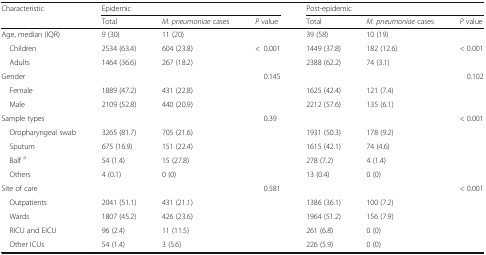
| <ROWSPAN=2> Characteristic | <COLSPAN=3> Epidemic | <COLSPAN=3> Post-epidemic |
 | Total | M. pneumoniae cases | P value | Total | M. pneumoniae cases | P value |
 | --- | --- | --- | --- | --- | --- | --- |
 | Age, median (IQR) | 9 (30) | 11 (20) |  | 39 (58) | 10 (19) |  |
 | Children | 2534 (63.4) | 604 (23.8) | <ROWSPAN=2> <0.001 | 1449 (37.8) | 182 (12.6) | <ROWSPAN=2> < 0.001 |
 | Adults | 1464 (36.6) | 267 (18.2) | 2388 (62.2) | 74 (3.1) |
 | Gender |  |  | 0.145 |  |  | 0.102 |
 | Female | 1889 (47.2) | 431 (22.8) |  | 1625 (42.4) | 121 (7.4) |  |
 | Male | 2109 (52.8) | 440 (20.9) |  | 2212 (57.6) | 135 (6.1) |  |
 | Sample types |  |  | 0.39 |  |  | < 0.001 |
 | Oropharyngeal swab | 3265 (81.7) | 705 (21.6) |  | 1931 (50.3) | 178 (9.2) |  |
 | Sputum | 675 (16.9) | 151 (22.4) |  | 1615 (42.1) | 74 (4.6) |  |
 | Balf a | 54 (1.4) | 15 (27.8) |  | 278 (7.2) | 4 (1.4) |  |
 | Others | 4 (0.1) | 0 (0) |  | 13 (0.4) | 0 (0) |  |
 | Site of care |  |  | 0.581 |  |  | < 0.001 |
 | Outpatients | 2041 (51.1) | 431 (21.1) |  | 1386 (36.1) | 100 (7.2) |  |
 | Wards | 1807 (45.2) | 426 (23.6) |  | 1964 (51.2) | 156 (7.9) |  |
 | RICU and EICU | 96 (2.4) | 11 (11.5) |  | 261 (6.8) | 0 (0) |  |
 | Other ICUs | 54 (1.4) | 3 (5.6) |  | 226 (5.9) | 0 (0) |  |